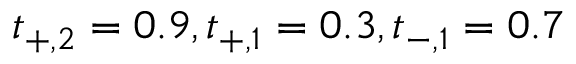
t _ { + , 2 } = 0 . 9 , t _ { + , 1 } = 0 . 3 , t _ { - , 1 } = 0 . 7